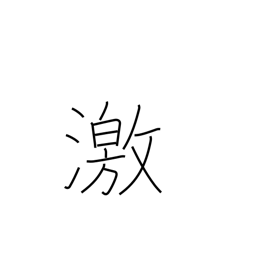
Meaning: enraged